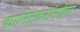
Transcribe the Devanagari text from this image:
कानिटकरांसोबत